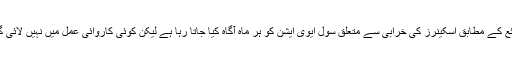
ذرائع کے مطابق اسکینرز کی خرابی سے متعلق سول ایوی ایشن کو ہر ماہ آگاہ کیا جاتا رہا ہے لیکن کوئی کاروائی عمل میں نہیں لائی گئی۔